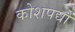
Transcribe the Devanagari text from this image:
कोशपद्यों